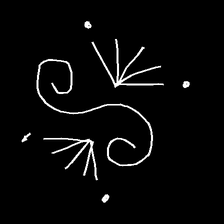
Glyph: aeroform